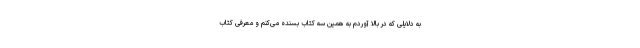
به دلایلی که در بالا آوردم به همین سه کتاب بسنده می‌کنم و معرفی کتاب